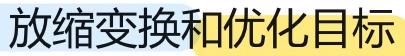
放缩变换和优化目标